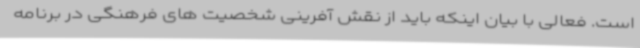
است. فعالی با بیان اینکه باید از نقش آفرینی شخصیت های فرهنگی در برنامه